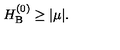
H _ { \mathrm { B } } ^ { ( 0 ) } \geq | \mu | .